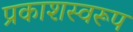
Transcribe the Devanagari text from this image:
प्रकाशस्वरूप